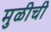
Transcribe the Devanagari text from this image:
मुळीची